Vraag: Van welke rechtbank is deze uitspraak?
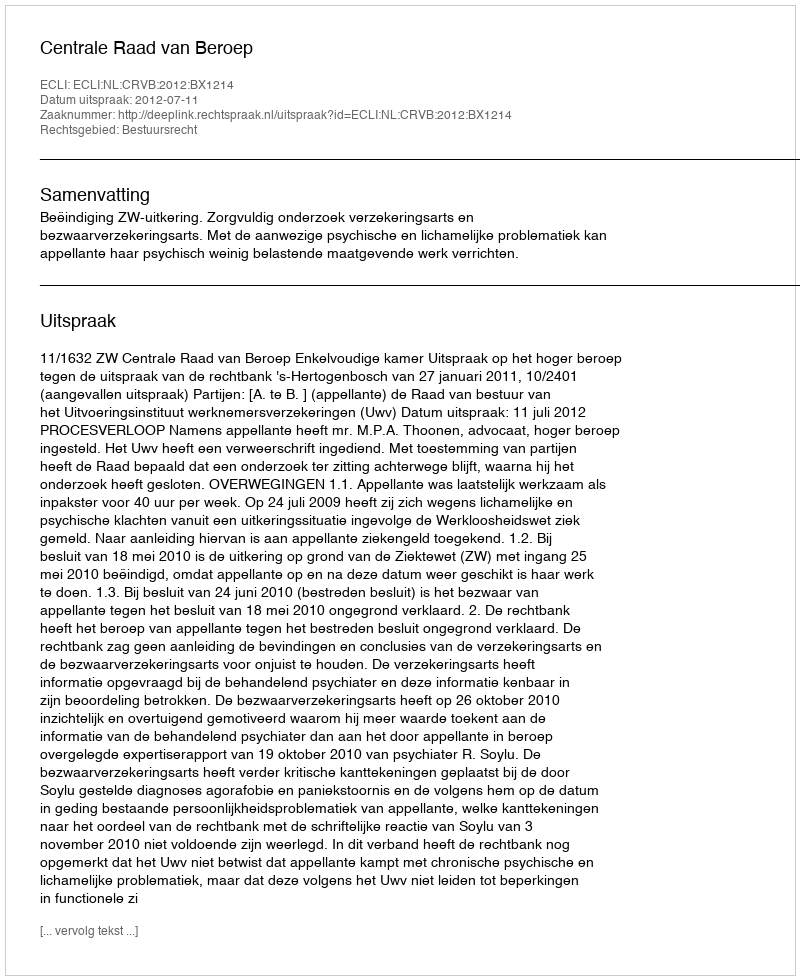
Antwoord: Centrale Raad van Beroep